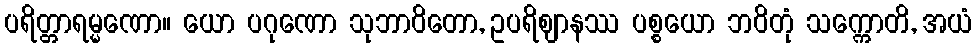
ပရိတ္တာရမ္မဏော။ ယော ပဂုဏော သုဘာဝိတော, ဥပရိဈာနဿ ပစ္စယော ဘဝိတုံ သက္ကောတိ, အယံ